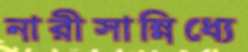
নারীসান্নিধ্যে